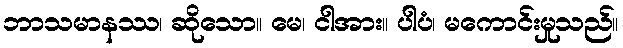
ဘာသမာနဿ၊ ဆိုသော။ မေ၊ ငါအား။ ပါပံ၊ မကောင်းမှုသည်။